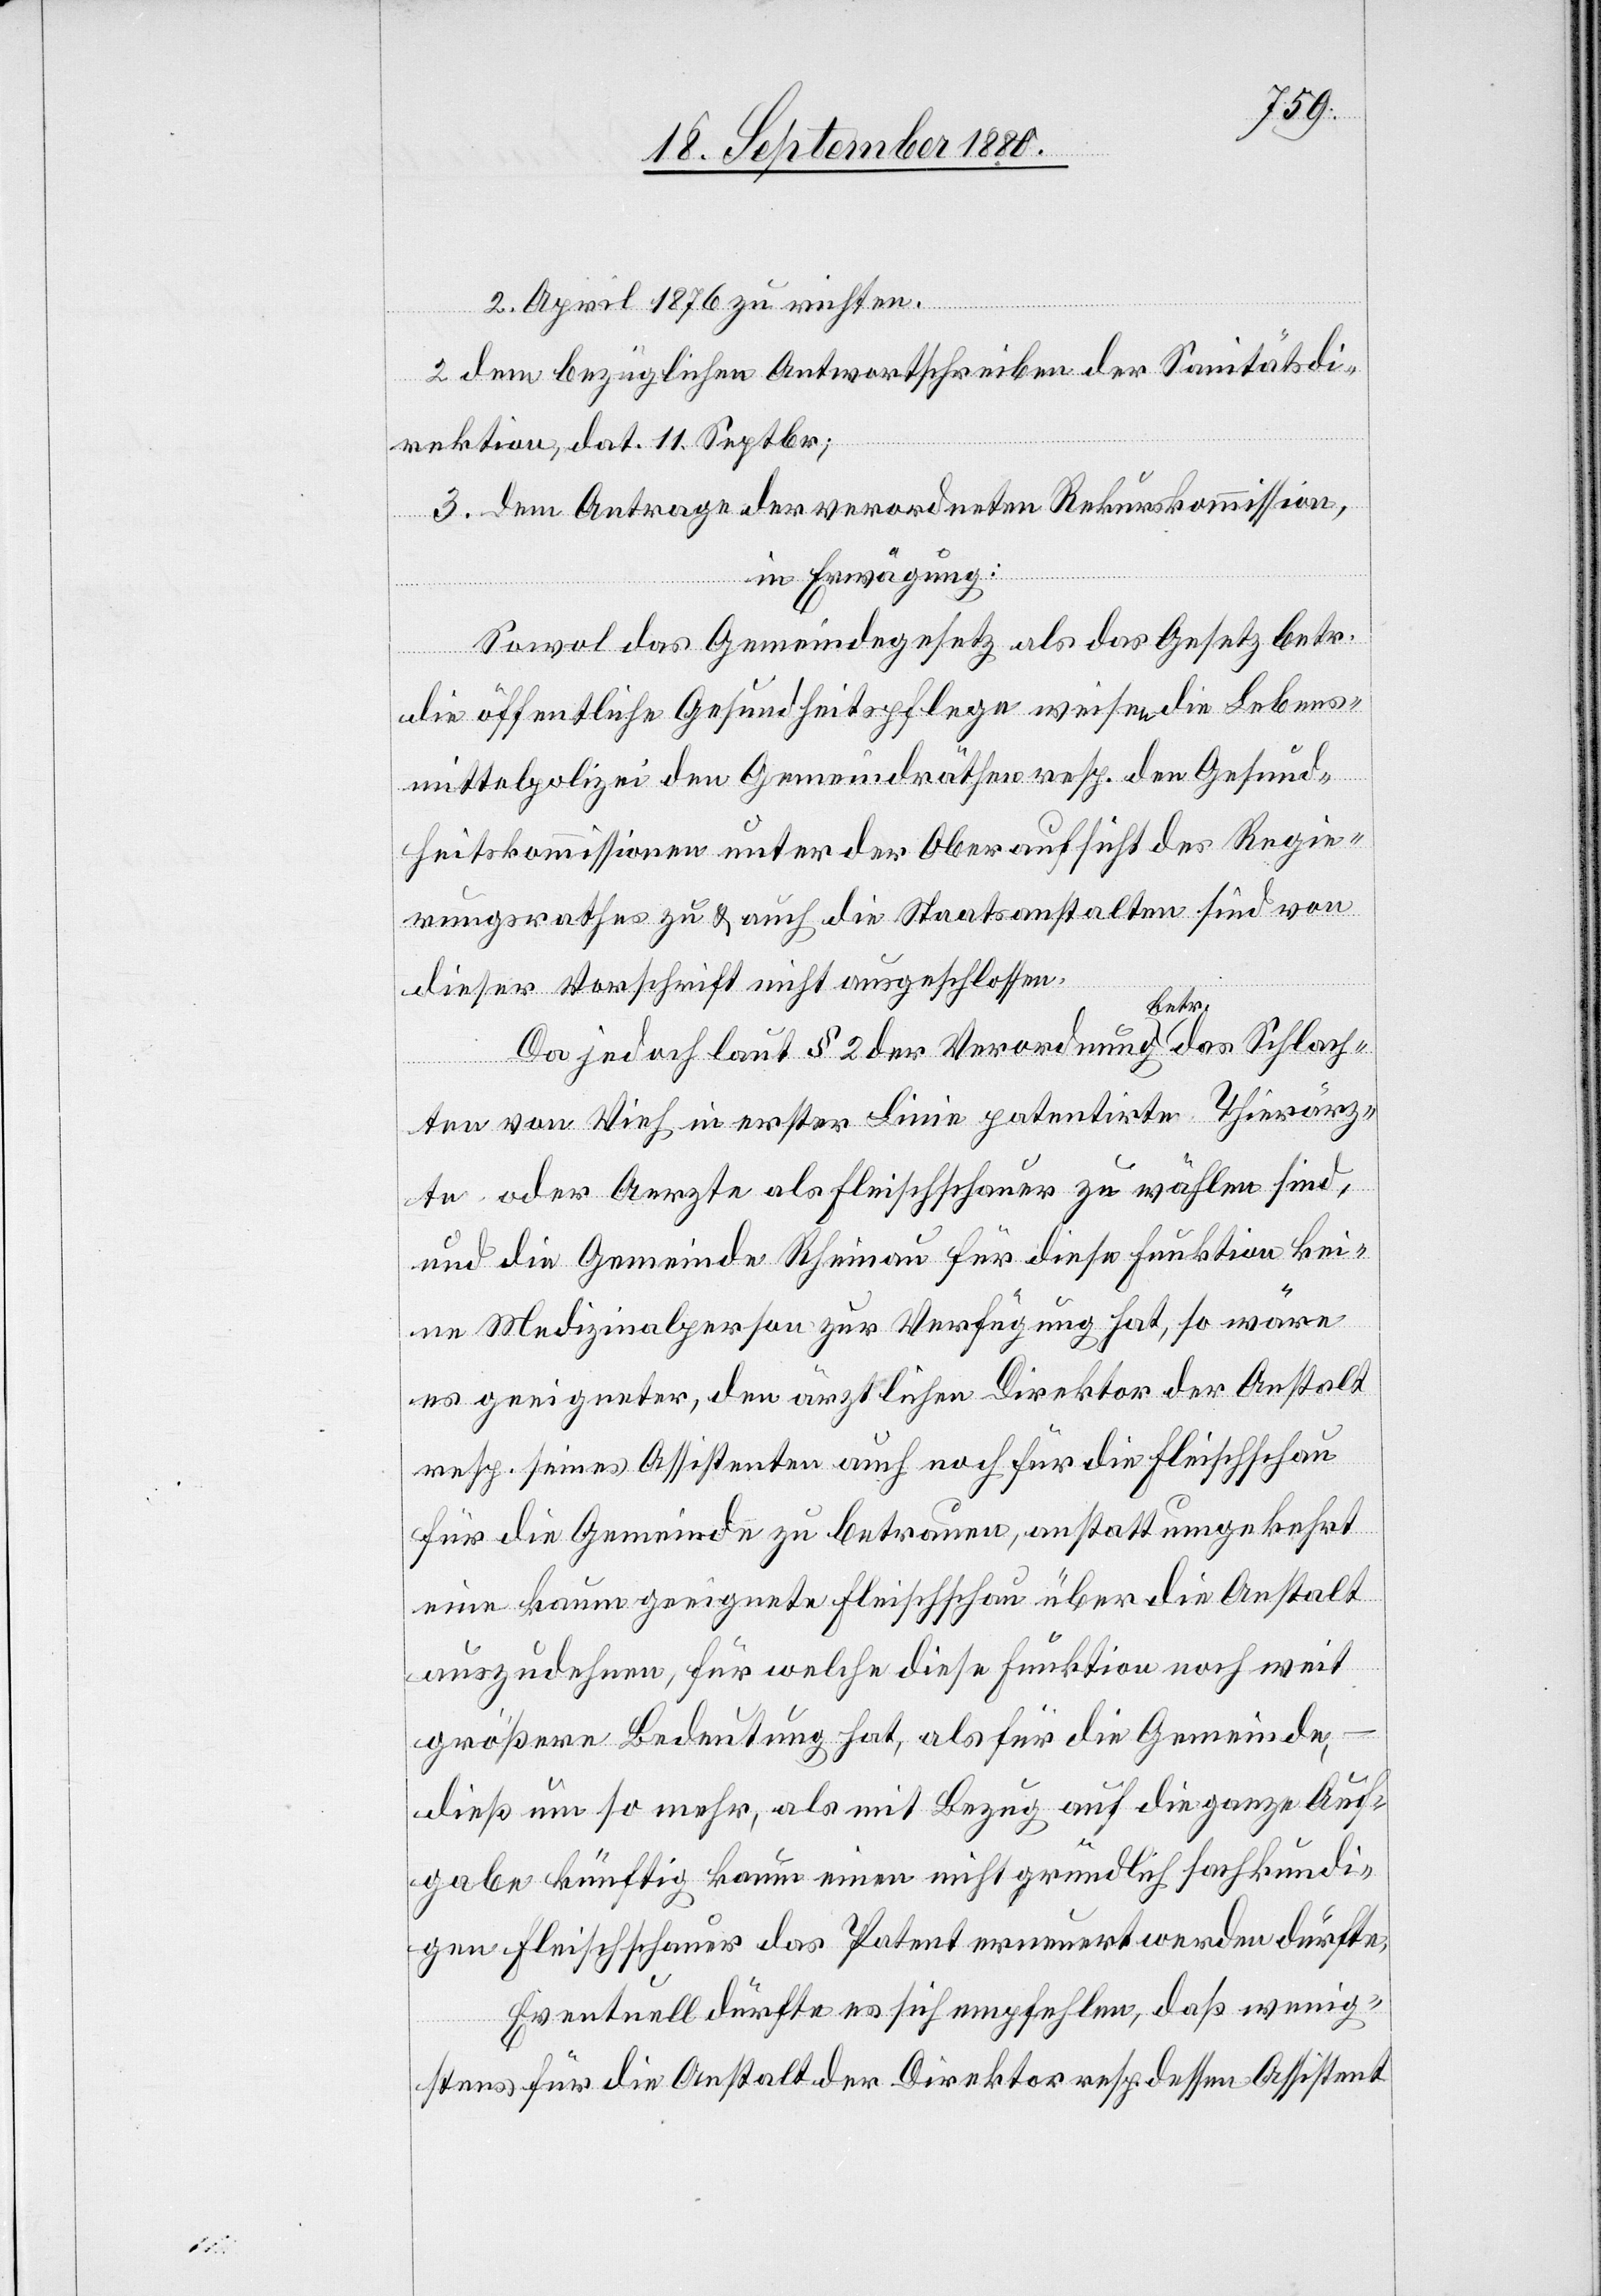
2. April 1876 zu richten.
2. dem bezüglichen Antwortschreiben der Sanitätsdi¬
rektion, dat. 11. Septbr;
3. dem Antrage der verordneten Rekurskommission,
in Erwägung:
Sowol das Gemeindegesetz als das Gesetz betr.
die öffentliche Gesundheitspflege weisen die Lebens¬
mittelpolizei den Gemeindräthen resp. den Gesund¬
heitskommissionen unter der Oberaufsicht des Regie¬
rungsrathes zu & auch die Staatsanstalten sind von
dieser Vorschrift nicht ausgeschlossen.
Da jedoch laut § 2 der Verordnung betr. das Schlach¬
ten von Vieh in erster Linie patenirte Thierärz¬
te oder Aerzte als Fleischschauer zu wählen sind,
und die Gemeinde Rheinau für diese Funktion kei¬
ne Medizinalperson zur Verfügung hat, so wäre
es geeigneter, den ärztlichen Direktor der Anstalt
resp. seinen Assistenten auch noch für die Fleischschau
für die Gemeinde zu betrauen, anstatt umgekehrt
eine kaum geeignete Fleischschau über die Anstalt
auszudehnen, für welche diese Funktion noch weit
größere Bedeutung hat, als für die Gemeinde,
dieß um so mehr, als mit Bezug auf die ganze Auf¬
gabe künftig kaum einen [sic!] nicht gründlich fachkundi¬
gen Fleischschauer das Patent erneuert werden dürfte.
Eventuell dürfte es sich empfehlen, daß wenig¬
stens für die Anstalt der Direktor resp. dessen Assistenz